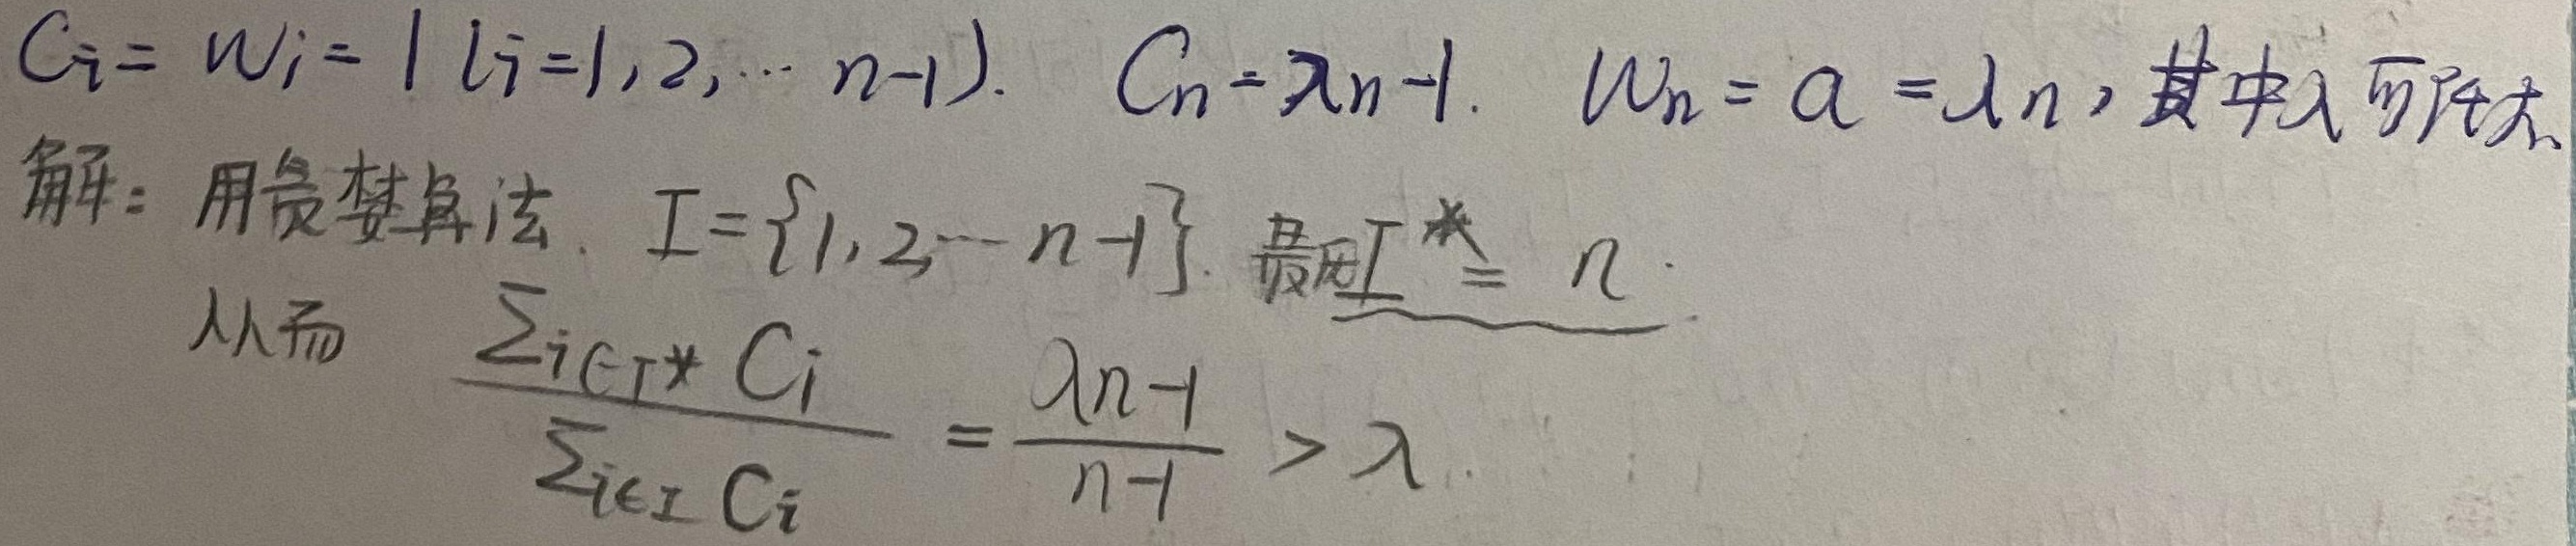
$C_i = w_i = 1\ (i = 1,2,\cdots,n - 1)$，$C_n=\lambda n - 1$，$w_n=a=\lambda n$，其中 $\lambda$ 可任大。

解：用贪婪算法，$I = \{1,2,\cdots,n - 1\}$，最优 $I^{*}=n$。从而
$\frac{\sum_{i\in I^{*}}C_i}{\sum_{i\in I}C_i}=\frac{\lambda n - 1}{n - 1}>\lambda$。